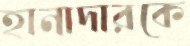
হানাদারকে